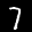
Label: 7